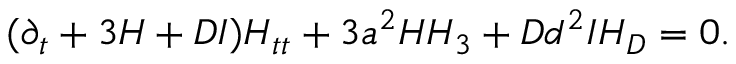
( \partial _ { t } + 3 H + D I ) H _ { t t } + 3 a ^ { 2 } H H _ { 3 } + D d ^ { 2 } I H _ { D } = 0 .